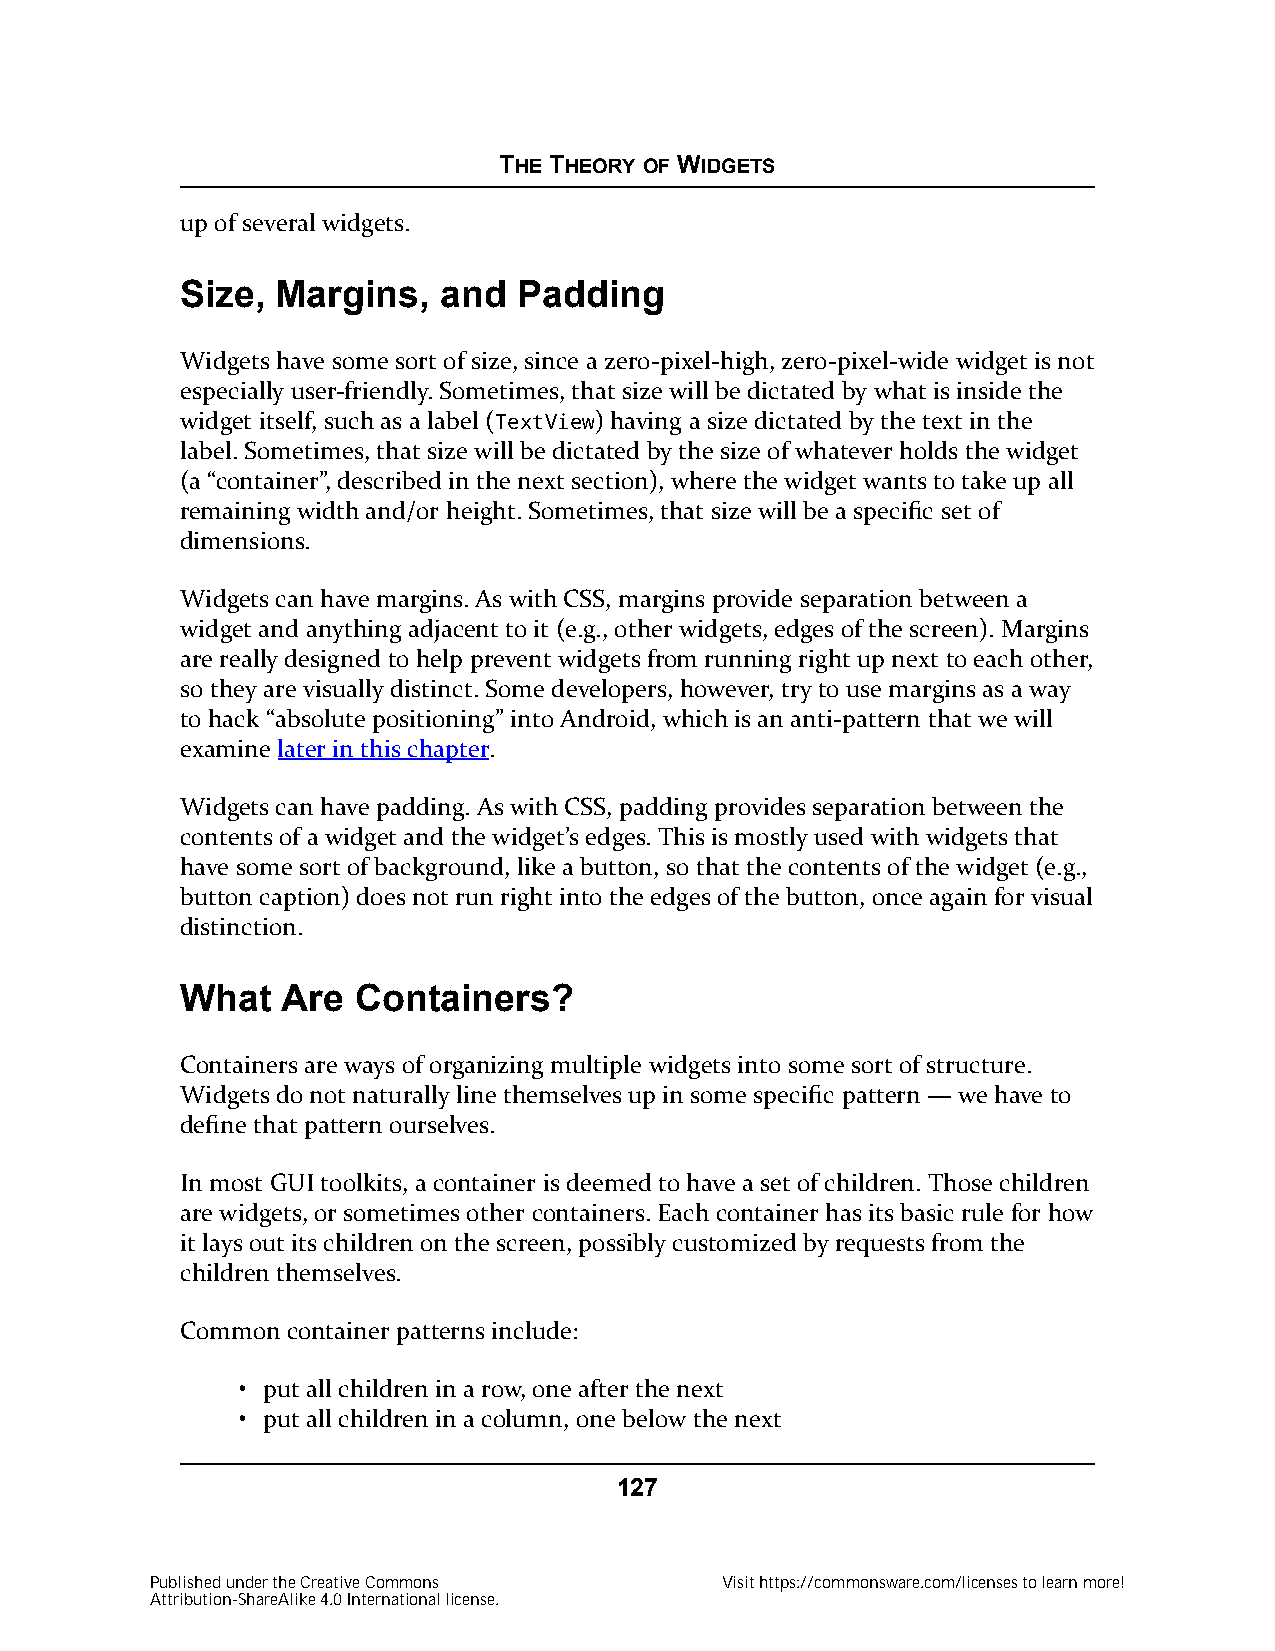
THE THEORY OF WIDGETS
 up of several widgets.
 Size, Margins,   and  Padding
 Widgets have some sort of size, since a zero-pixel-high, zero-pixel-wide widget is not
 especially user-friendly. Sometimes, that size will be dictated by what is inside the
 widget itself, such as a label (TextView) having a size dictated by the text in the
 label. Sometimes, that size will be dictated by the size of whatever holds the widget
 (a “container”, described in the next section), where the widget wants to take up all
 remaining width and/or height. Sometimes, that size will be a specific set of
 dimensions.
 Widgets can have margins. As with CSS, margins provide separation between a
 widget and anything adjacent to it (e.g., other widgets, edges of the screen). Margins
 are really designed to help prevent widgets from running right up next to each other,
 so they are visually distinct. Some developers, however, try to use margins as a way
 to hack “absolute positioning” into Android, which is an anti-pattern that we will
 examine later in this chapter.
 Widgets can have padding. As with CSS, padding provides separation between the
 contents of a widget and the widget’s edges. This is mostly used with widgets that
 have some sort of background, like a button, so that the contents of the widget (e.g.,
 button caption) does not run right into the edges of the button, once again for visual
 distinction.
 What   Are Containers?
 Containers are ways of organizing multiple widgets into some sort of structure.
 Widgets do not naturally line themselves up in some specific pattern — we have to
 define that pattern ourselves.
 In most GUI toolkits, a container is deemed to have a set of children. Those children
 are widgets, or sometimes other containers. Each container has its basic rule for how
 it lays out its children on the screen, possibly customized by requests from the
 children themselves.
 Common container patterns include:
 • put all children in a row, one after the next
 • put all children in a column, one below the next
 127
 Published under the Creative Commons  Visit https://commonsware.com/licenses to learn more!
 Attribution-ShareAlike 4.0 International license.